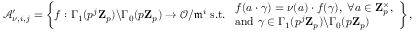
\mathcal { A } _ { \nu , i , j } ^ { \prime } = \left\{ f : \Gamma _ { 1 } ( p ^ { j } \mathbf { Z } _ { p } ) \backslash \Gamma _ { 0 } ( p \mathbf { Z } _ { p } ) \rightarrow \mathcal { O } / \mathfrak { m } ^ { i } \mathrm { ~ s . t . ~ } \begin{array} { l } { f ( a \cdot \gamma ) = \nu ( a ) \cdot f ( \gamma ) , \; \forall a \in \mathbf { Z } _ { p } ^ { \times } , } \\ { \mathrm { a n d ~ } \gamma \in \Gamma _ { 1 } ( p ^ { j } \mathbf { Z } _ { p } ) \backslash \Gamma _ { 0 } ( p \mathbf { Z } _ { p } ) } \end{array} \right\} ,